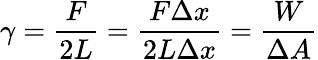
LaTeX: \gamma={\frac{F}{2L}}={\frac{F\Delta x}{2L\Delta x}}={\frac{W}{\Delta A}}